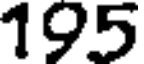
195